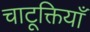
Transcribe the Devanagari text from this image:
चाटूक्तियाँ